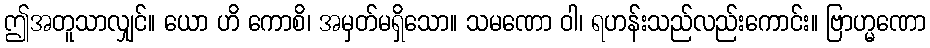
ဤအတူသာလျှင်။ ယော ဟိ ကောစိ၊ အမှတ်မရှိသော။ သမဏော ဝါ၊ ရဟန်းသည်လည်းကောင်း။ ဗြာဟ္မဏော